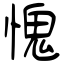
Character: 愧